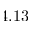
4 . 1 3